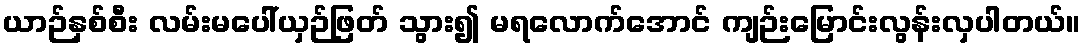
ယာဉ်နှစ်စီး လမ်းမပေါ်ယှဉ်ဖြတ် သွား၍ မရလောက်အောင် ကျဉ်းမြောင်းလွန်းလှပါတယ်။